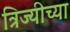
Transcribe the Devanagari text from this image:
त्रिज्यीच्या